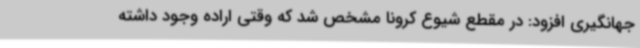
جهانگیری افزود: در مقطع شیوع کرونا مشخص شد که وقتی اراده وجود داشته